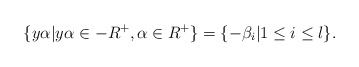
\begin{align*}\{y\alpha|y\alpha\in -R^+,\alpha\in R^+\}=\{-\beta_i|1\leq i\leq l\}.\end{align*}